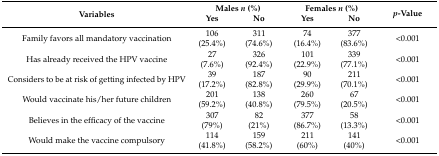
<table><thead><tr><td rowspan="2"><b>Variables</b></td><td colspan="2"><b>Males <i>n</i> (%)</b></td><td colspan="2"><b>Females <i>n</i> (%)</b></td><td rowspan="2"><b><i>p</i>-Value</b></td></tr><tr><td><b>Yes</b></td><td><b>No</b></td><td><b>Yes</b></td><td><b>No</b></td></tr></thead><tbody><tr><td>Family favors all mandatory vaccination</td><td>106 (25.4%)</td><td>311 (74.6%)</td><td>74 (16.4%)</td><td>377 (83.6%)</td><td>&lt;0.001</td></tr><tr><td>Has already received the HPV vaccine</td><td>27 (7.6%)</td><td>326 (92.4%)</td><td>101 (22.9%)</td><td>339 (77.1%)</td><td>&lt;0.001</td></tr><tr><td>Considers to be at risk of getting infected by HPV</td><td>39 (17.2%)</td><td>187 (82.8%)</td><td>90 (29.9%)</td><td>211 (70.1%)</td><td>&lt;0.001</td></tr><tr><td>Would vaccinate his/her future children</td><td>201 (59.2%)</td><td>138 (40.8%)</td><td>260 (79.5%)</td><td>67 (20.5%)</td><td>&lt;0.001</td></tr><tr><td>Believes in the efficacy of the vaccine</td><td>307 (79%)</td><td>82 (21%)</td><td>377 (86.7%)</td><td>58 (13.3%)</td><td>&lt;0.001</td></tr><tr><td>Would make the vaccine compulsory</td><td>114 (41.8%)</td><td>159 (58.2%)</td><td>211 (60%)</td><td>141 (40%)</td><td>&lt;0.001</td></tr></tbody></table>